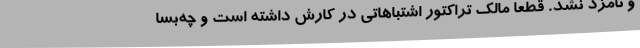
و نامزد نشد. قطعا مالک تراکتور اشتباهاتی در کارش داشته است و چه‌بسا